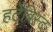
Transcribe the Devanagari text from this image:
हर्टेबिस्ट